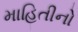
માહિતીનો